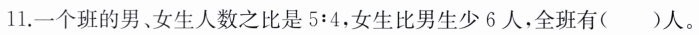
11. 一个班的男、女生人数之比是5:4，女生比男生少6人，全班有()人。